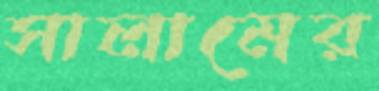
সালামের